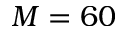
M = 6 0